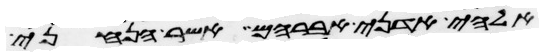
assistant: אלהי אדני אברהם אשר הנחני